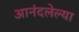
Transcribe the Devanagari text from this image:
आनंदलेल्या